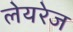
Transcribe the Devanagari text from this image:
लेयरेज